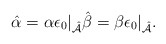
\begin{gather*}{\hat{\alpha}}={\alpha}{\epsilon_0}|_{{\hat{\mathcal A}}}{\hat{\beta}}={\beta}{\epsilon_0}|_{{\hat{\mathcal A}}}.\end{gather*}